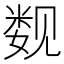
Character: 𰴚